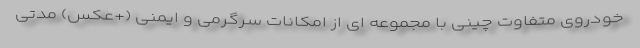
خودروی متفاوت چینی با مجموعه ای از امکانات سرگرمی و ایمنی (+عکس) مدتی